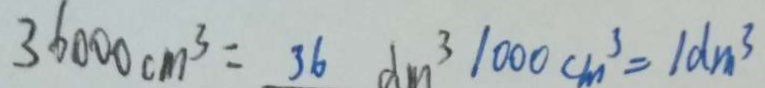
3 6 0 0 0 c m ^ { 3 } = 3 6 d m ^ { 3 } 1 0 0 0 c m ^ { 3 } = 1 d m ^ { 3 }